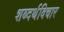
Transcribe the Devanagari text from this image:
शब्दर्थविचार